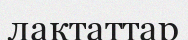
лактаттар